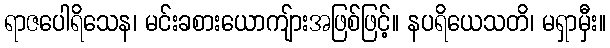
ရာဇပေါရိသေန၊ မင်းခစားယောကျ်ားအဖြစ်ဖြင့်။ နပရိယေသတိ၊ မရှာမှီး။